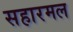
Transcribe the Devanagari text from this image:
सहारमल